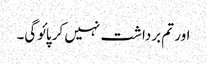
اور تم برداشت نہیں کر پائوگی۔